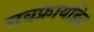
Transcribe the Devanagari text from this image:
नवफ्रायडिन